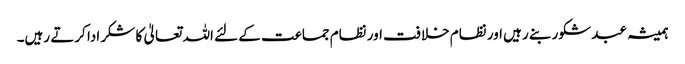
ہمیشہ عبد شکور بنے رہیں اور نظام خلافت اور نظام جماعت کے لئے اللہ تعالیٰ کا شکر ادا کرتے رہیں۔